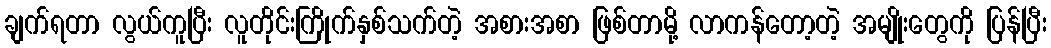
ချက်ရတာ လွယ်ကူပြီး လူတိုင်းကြိုက်နှစ်သက်တဲ့ အစားအစာ ဖြစ်တာမို့ လာကန်တော့တဲ့ အမျိုးတွေကို ပြန်ပြီး